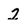
Character: 2